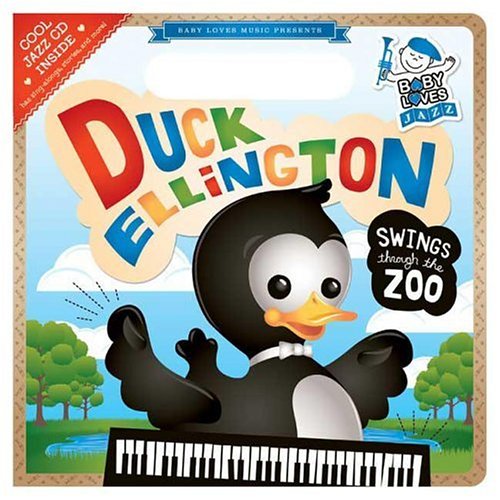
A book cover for Duck Ellington Swings Through the Zoo: Baby Loves Jazz; Andy Blackman Hurwitz; Children's Books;